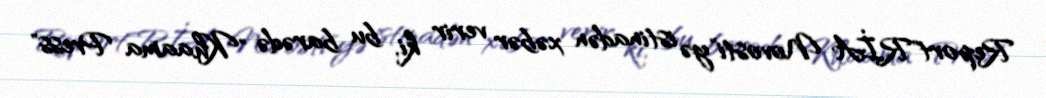
Report"RİA Novosti"yə istinadən xəbər verir ki, bu barədə "Khaama Press"